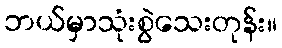
ဘယ်မှာသုံးစွဲသေးတုန်း။